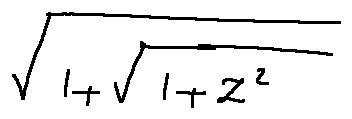
\sqrt { 1 + \sqrt { 1 + z ^ { 2 } } }